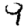
Digit: 9